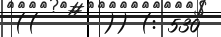
((      )) (: 530